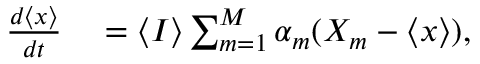
\begin{array} { r l } { \frac { d \langle x \rangle } { d t } } & { { } = \langle I \rangle \sum _ { m = 1 } ^ { M } \alpha _ { m } ( X _ { m } - \langle x \rangle ) , } \end{array}